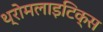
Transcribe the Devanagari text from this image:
थ्रोमलाइटिक्स